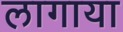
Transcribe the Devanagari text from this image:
लागाया